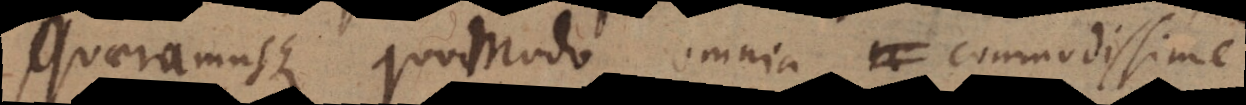
Quaeramusque quomodo omnia commodissime